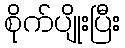
စိုက်ပျိုးပြီး